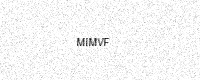
Text: MIMVF